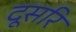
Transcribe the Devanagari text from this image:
दूसरि